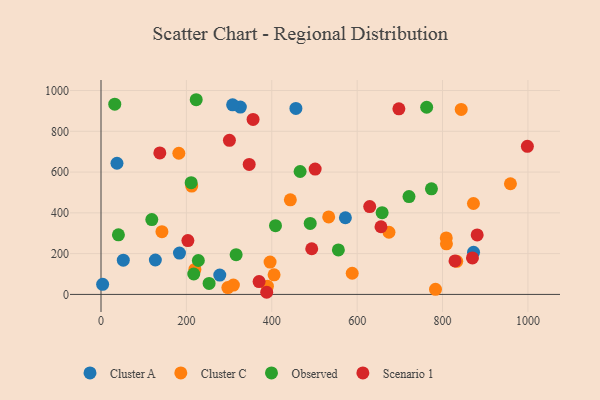
{"axis": {"x": "Ad Spend", "y": "Yield"}, "legend": ["Cluster A", "Cluster C", "Observed", "Scenario 1"], "data": [{"x": "326.4", "y": 918.7, "type": "Cluster A"}, {"x": "37.4", "y": 643.4, "type": "Cluster A"}, {"x": "183.8", "y": 202.8, "type": "Cluster A"}, {"x": "456.5", "y": 912.2, "type": "Cluster A"}, {"x": "278.2", "y": 95.0, "type": "Cluster A"}, {"x": "308.3", "y": 929.7, "type": "Cluster A"}, {"x": "572.4", "y": 376.0, "type": "Cluster A"}, {"x": "3.8", "y": 49.6, "type": "Cluster A"}, {"x": "52.2", "y": 168.1, "type": "Cluster A"}, {"x": "872.6", "y": 206.3, "type": "Cluster A"}, {"x": "127.3", "y": 168.9, "type": "Cluster A"}, {"x": "396.0", "y": 158.8, "type": "Cluster C"}, {"x": "142.7", "y": 307.5, "type": "Cluster C"}, {"x": "310.1", "y": 45.6, "type": "Cluster C"}, {"x": "297.1", "y": 33.5, "type": "Cluster C"}, {"x": "389.7", "y": 40.3, "type": "Cluster C"}, {"x": "405.4", "y": 96.3, "type": "Cluster C"}, {"x": "533.3", "y": 380.1, "type": "Cluster C"}, {"x": "872.4", "y": 445.9, "type": "Cluster C"}, {"x": "182.3", "y": 692.3, "type": "Cluster C"}, {"x": "959.0", "y": 542.9, "type": "Cluster C"}, {"x": "219.9", "y": 122.7, "type": "Cluster C"}, {"x": "212.4", "y": 531.6, "type": "Cluster C"}, {"x": "808.7", "y": 277.2, "type": "Cluster C"}, {"x": "833.2", "y": 162.2, "type": "Cluster C"}, {"x": "783.5", "y": 24.8, "type": "Cluster C"}, {"x": "674.5", "y": 305.0, "type": "Cluster C"}, {"x": "843.7", "y": 907.1, "type": "Cluster C"}, {"x": "588.4", "y": 103.9, "type": "Cluster C"}, {"x": "809.1", "y": 247.9, "type": "Cluster C"}, {"x": "443.5", "y": 463.9, "type": "Cluster C"}, {"x": "490.0", "y": 348.3, "type": "Observed"}, {"x": "762.8", "y": 918.0, "type": "Observed"}, {"x": "223.0", "y": 954.9, "type": "Observed"}, {"x": "556.0", "y": 218.1, "type": "Observed"}, {"x": "40.8", "y": 292.5, "type": "Observed"}, {"x": "217.3", "y": 100.1, "type": "Observed"}, {"x": "316.5", "y": 194.7, "type": "Observed"}, {"x": "119.0", "y": 367.0, "type": "Observed"}, {"x": "466.4", "y": 602.9, "type": "Observed"}, {"x": "721.4", "y": 480.1, "type": "Observed"}, {"x": "658.5", "y": 401.0, "type": "Observed"}, {"x": "211.2", "y": 548.2, "type": "Observed"}, {"x": "253.2", "y": 53.8, "type": "Observed"}, {"x": "32.2", "y": 933.0, "type": "Observed"}, {"x": "408.7", "y": 337.3, "type": "Observed"}, {"x": "774.0", "y": 517.8, "type": "Observed"}, {"x": "228.0", "y": 166.4, "type": "Observed"}, {"x": "347.1", "y": 637.7, "type": "Scenario 1"}, {"x": "829.2", "y": 164.1, "type": "Scenario 1"}, {"x": "370.3", "y": 63.0, "type": "Scenario 1"}, {"x": "137.8", "y": 694.0, "type": "Scenario 1"}, {"x": "697.7", "y": 910.3, "type": "Scenario 1"}, {"x": "203.5", "y": 264.1, "type": "Scenario 1"}, {"x": "629.4", "y": 430.9, "type": "Scenario 1"}, {"x": "870.0", "y": 179.0, "type": "Scenario 1"}, {"x": "388.1", "y": 10.5, "type": "Scenario 1"}, {"x": "493.6", "y": 223.9, "type": "Scenario 1"}, {"x": "501.6", "y": 614.7, "type": "Scenario 1"}, {"x": "998.7", "y": 726.1, "type": "Scenario 1"}, {"x": "881.1", "y": 291.6, "type": "Scenario 1"}, {"x": "655.8", "y": 332.0, "type": "Scenario 1"}, {"x": "356.2", "y": 858.5, "type": "Scenario 1"}, {"x": "300.8", "y": 755.8, "type": "Scenario 1"}]}